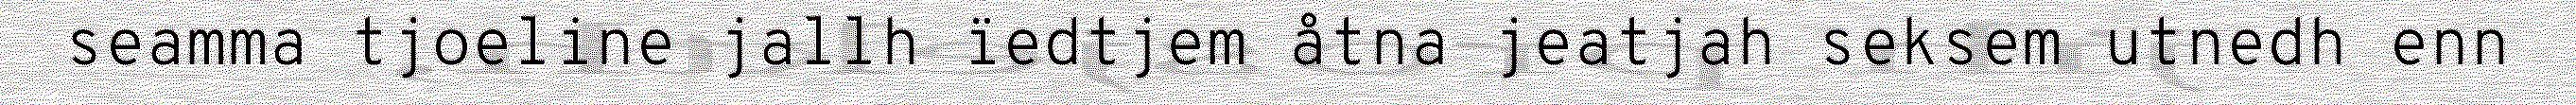
seamma tjoeline jallh ïedtjem åtna jeatjah seksem utnedh enn